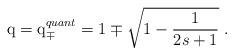
LaTeX: \begin{align*}{\rm q}={\rm q}^{quant}_\mp=1\mp\sqrt{1-\frac{1}{2s+1}}\ .\end{align*}